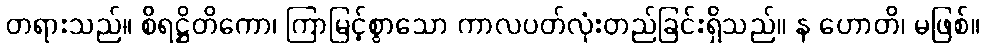
တရားသည်။ စိရဋ္ဌိတိကော၊ ကြာမြင့်စွာသော ကာလပတ်လုံးတည်ခြင်းရှိသည်။ န ဟောတိ၊ မဖြစ်။